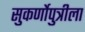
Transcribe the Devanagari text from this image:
सुकर्णोपुत्रीला